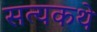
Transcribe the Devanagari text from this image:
सत्यकथे